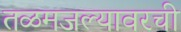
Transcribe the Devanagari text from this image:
तळमजल्यावरची